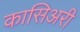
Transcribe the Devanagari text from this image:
कासिअरी